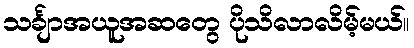
သင်္ချာအယူအဆတွေ ပိုသိလာလိမ့်မယ်။